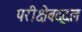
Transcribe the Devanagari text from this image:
परीक्षेबद्दल